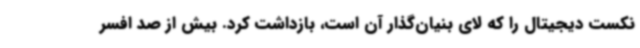
نکست دیجیتال را که لای بنیان‌گذار آن است، بازداشت کرد. بیش از صد افسر